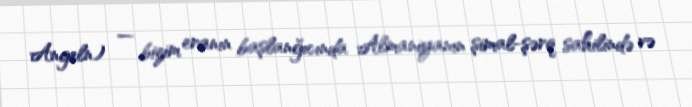
Angeln) — bizim eranın başlanğıcında Almaniyanın şimal-şərq sahilində və